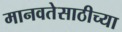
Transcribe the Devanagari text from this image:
मानवतेसाठीच्या